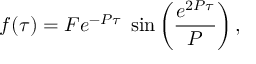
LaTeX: f ( \tau ) = F e ^ { - P \tau } \; \sin \left( \frac { e ^ { 2 P \tau } } { P } \right) ,